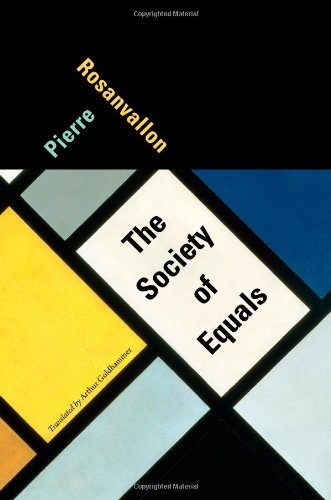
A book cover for The Society of Equals; Pierre Rosanvallon; Law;